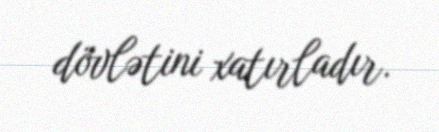
dövlətini xatırladır.